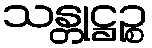
သန္တုဋ္ဌဉ္စ